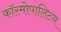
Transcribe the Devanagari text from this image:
कॉस्मोपालिटन